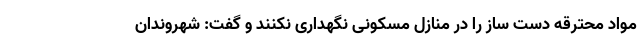
مواد محترقه دست ساز را در منازل مسکونی نگهداری نکنند و گفت: شهروندان